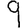
Digit: 9